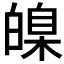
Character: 𤾚